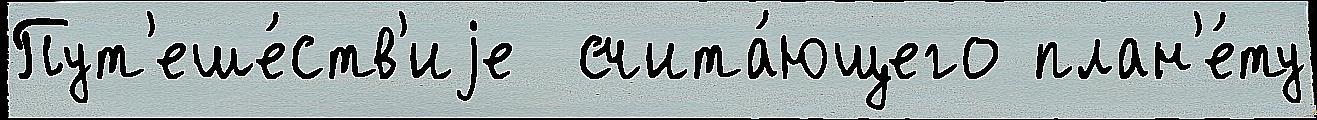
Пут'еше́ств'иjе  счита́ющего план'е́ту